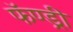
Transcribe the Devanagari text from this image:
फॅण्ड्री